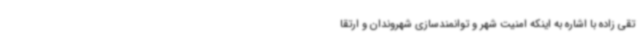
تقی زاده با اشاره به اینکه امنیت شهر و توانمندسازی شهروندان و ارتقا